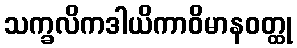
သက္ခလိကဒါယိကာဝိမာနဝတ္ထု